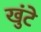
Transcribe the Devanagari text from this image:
खुंटे